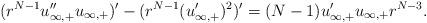
LaTeX: \begin{align*}(r^{N-1}u_{\infty,+}''u_{\infty,+})'-(r^{N-1}(u_{\infty,+}')^2)'=(N-1) u_{\infty,+}'u_{\infty,+}r^{N-3}.\end{align*}